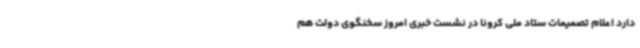
دارد اعلام تصمیمات ستاد ملی کرونا در نشست خبری امروز سخنگوی دولت هم